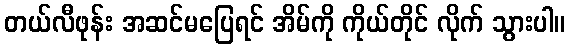
တယ်လီဖုန်း အဆင်မပြေရင် အိမ်ကို ကိုယ်တိုင် လိုက် သွားပါ။